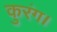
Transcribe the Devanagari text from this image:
कुरंग।